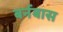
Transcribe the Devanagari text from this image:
बर्नबास